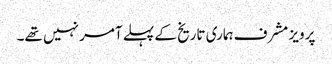
پرویز مشرف ہماری تاریخ کے پہلے آمر نہیں تھے۔